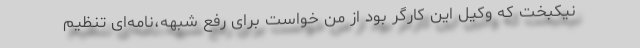
نیکبخت که وکیل این کارگر بود از من خواست برای رفع شبهه،نامه‌ای تنظیم